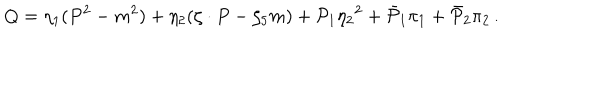
Q = \eta _ { 1 } ( P ^ { 2 } - m ^ { 2 } ) + \eta _ { 2 } ( \zeta \cdot P - \zeta _ { 5 } m ) + { \cal P } _ { 1 } { \eta _ { 2 } } ^ { 2 } + { \bar { \cal P } } _ { 1 } \pi _ { 1 } + { \bar { \cal P } } _ { 2 } \pi _ { 2 } \, .